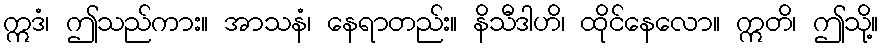
ဣဒံ၊ ဤသည်ကား။ အာသနံ၊ နေရာတည်း။ နိသီဒါဟိ၊ ထိုင်နေလော။ ဣတိ၊ ဤသို့။